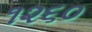
૧૨૬૦